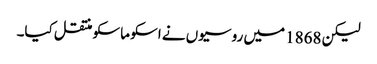
لیکن 1868 میں روسیوں نے اسکو ماسکو منتقل کیا۔